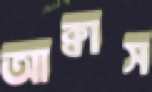
আক্বাস